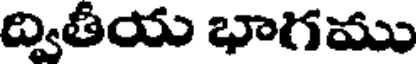
ద్వితీయ భాగము